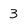
Character: 3